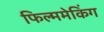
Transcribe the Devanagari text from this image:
फिल्ममेकिंग